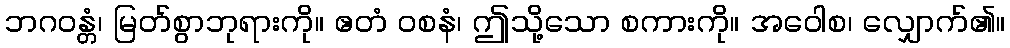
ဘဂဝန္တံ၊ မြတ်စွာဘုရားကို။ ဧတံ ဝစနံ၊ ဤသို့သော စကားကို။ အဝေါစ၊ လျှောက်၏။